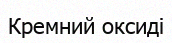
Кремний оксиді